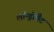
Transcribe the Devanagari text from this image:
लॉन्ड्रोमैट